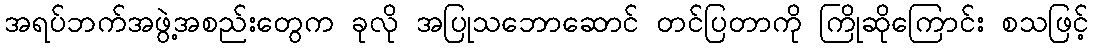
အရပ်ဘက်အဖွဲ့အစည်းတွေက ခုလို အပြုသဘောဆောင် တင်ပြတာကို ကြိုဆိုကြောင်း စသဖြင့်